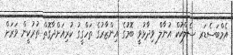
އެމްބަސެޑަރ ސެލްކުކް އުނާލް ވިދާޅުވީ ބޮމުގެ އިންޒާރުގެ ތަހްގީގު ކުރިއަށްދާގޮތް ތުރުކީން ވަރަށް